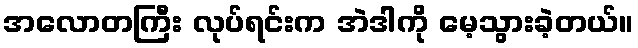
အလောတကြီး လုပ်ရင်းက အဲဒါကို မေ့သွားခဲ့တယ်။